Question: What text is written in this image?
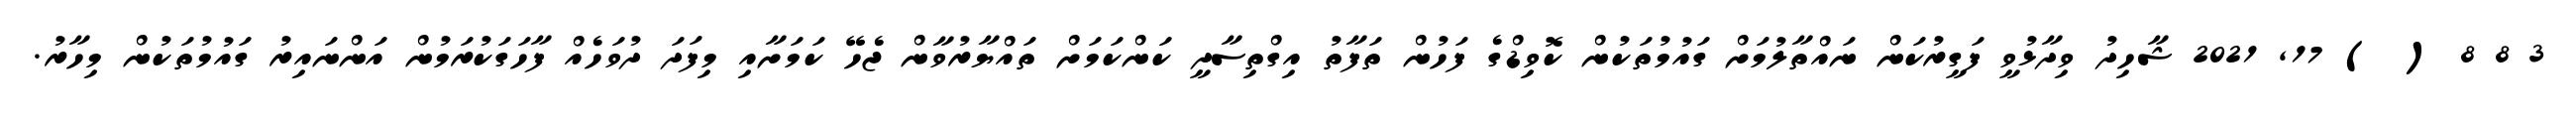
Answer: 3 8 8 ( ) 17, 2021 ޝާހިދު ވިދާޅުވީ ފަގީރުކަން ނައްތާލުމަށް ގައުމުތަކުން ކޮވިޑްގެ ފަހުން ތަފާތު އިގްތިސާދީ ކަންކަމަށް ތައްޔާރުވާން ޖެހޭ ކަމަށާއި މިފަދަ ދުވަހެއް ފާހަގަކުރަމުން އަންނައިރު ގައުމުތަކުން މިހާރު.